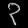
Digit: ၃